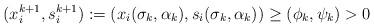
LaTeX: \begin{align*}(x_i^{k+1},s_i^{k+1}):=(x_i(\sigma_k,\alpha_k), s_i(\sigma_k,\alpha_k) ) \ge (\phi_k, \psi_k) >0\end{align*}